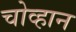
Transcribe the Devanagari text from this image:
चोव्हान